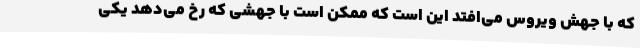
که با جهش ویروس می‌افتد این است که ممکن است با جهشی که رخ می‌دهد یکی